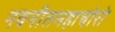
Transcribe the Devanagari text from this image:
नवनीतमहाचोरो